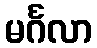
မင်္ဂလာ